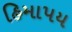
હિમાપય